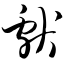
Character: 献